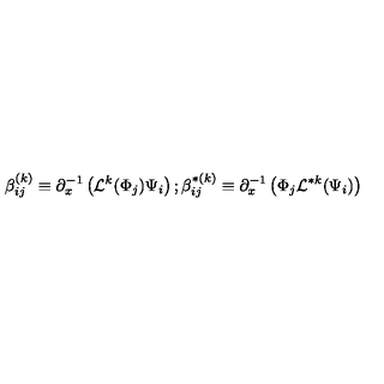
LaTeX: \beta _ { i j } ^ { ( k ) } \equiv \partial _ { x } ^ { - 1 } \left( { \cal L } ^ { k } ( \Phi _ { j } ) \Psi _ { i } \right) ; \beta _ { i j } ^ { * ( k ) } \equiv \partial _ { x } ^ { - 1 } \left( \Phi _ { j } { \cal L } ^ { * k } ( \Psi _ { i } ) \right)